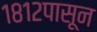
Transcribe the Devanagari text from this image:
१८१२पासून